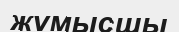
жұмысшы